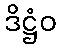
ဒိဋ္ဌံဝ